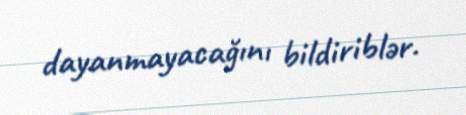
dayanmayacağını bildiriblər.